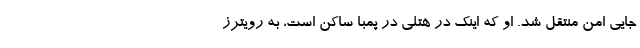
جایی امن منتقل شد. او که اینک در هتلی در پمبا ساکن است، به رویترز